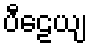
ပီဠေယျ